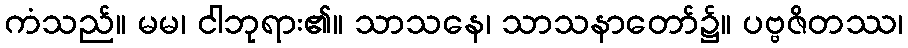
ကံသည်။ မမ၊ ငါဘုရား၏။ သာသနေ၊ သာသနာတော်၌။ ပဗ္ဗဇိတဿ၊